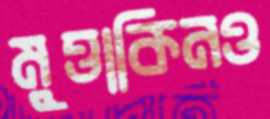
মুত্তাকিনও